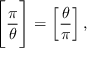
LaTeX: { \Bigg [ } { \frac { \pi } { \theta } } { \Bigg ] } = \left[ { \frac { \theta } { \pi } } \right] ,